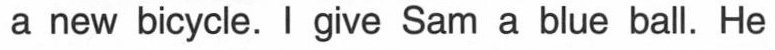
a new bicycle. I give Sam a blue ball. He